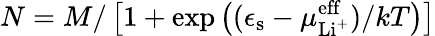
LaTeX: N=M/\left[1+\exp\left((\epsilon_{\mathrm{s}}-\mu_{\mathrm{Li^{+}}}^{\mathrm{eff}})/kT\right)\right]